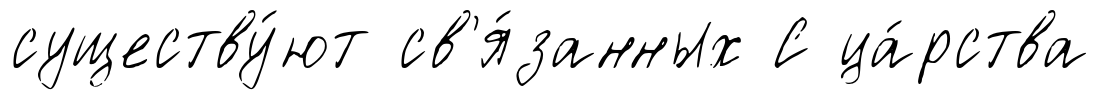
существу́ют св'я́занных С ца́рства